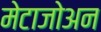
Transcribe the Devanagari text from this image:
मेटाजोअन